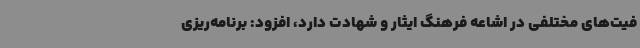
فیت‌های مختلفی در اشاعه فرهنگ ایثار و شهادت دارد، افزود: برنامه‌ریزی